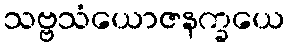
သဗ္ဗသံယောဇနက္ခယေ